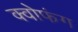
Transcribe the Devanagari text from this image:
क्वोफंग